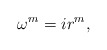
\begin{align*} \omega^m = i r^m, \end{align*}